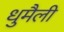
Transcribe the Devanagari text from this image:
धुमैली